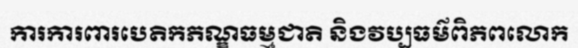
ការការពារបេតិកភណ្ឌធម្មជាតិ និងវប្បធម៌ពិភពលោក